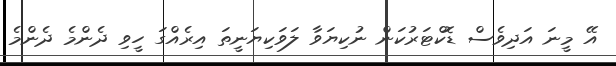
އޭ މީނަ އަދިވެސް ޑޮކްޓަރުކަން ނުކިޔަވާ ލަވަކިޔަނީތަ އިރެއްގަ ހީވި ދެންމެ ދެންމެ